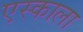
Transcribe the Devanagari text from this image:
एस्काला